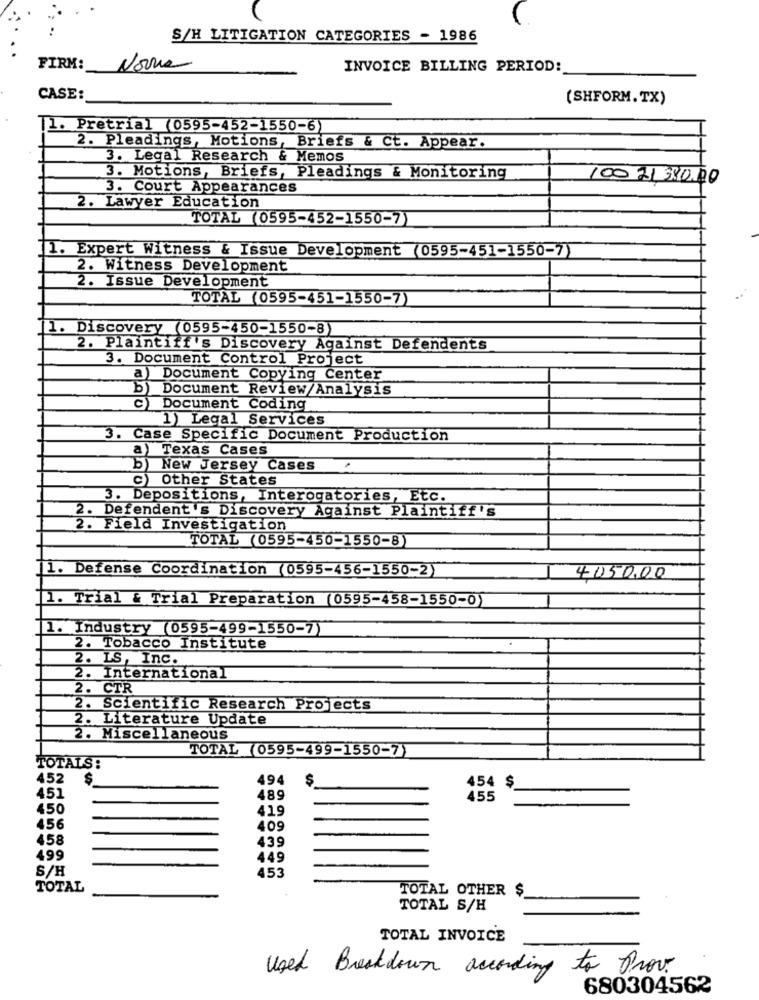
S/H LITIGATION CATEGORIES - 1986
FIRM:
Nova
INVOICE BILLING PERIOD:
CASE:
(SHFORM. TX)
1. Pretrial (0595-452-1550-6)
2. Pleadings, Motions, Briefs & Ct. Appear.
3. Legal Research & Memos
3. Motions, Briefs, Pleadings & Monitoring
100 21 390.00
3. Court Appearances
2. Lawyer Education
TOTAL (0595-452-1550-7)
1. Expert Witness & Issue Development (0595-451-1550-7)
2. Witness Development
2. Issue Development
TOTAL (0595-451-1550-7)
1. Discovery (0595-450-1550-8)
2. Plaintiff's Discovery Against Defendents
3. Document Control Project
a) Document Copying Center
b
Document Review/Analysis
c) Document Coding
1) Legal Services
3. Case Specific Document Production
a) Texas Cases
b) New Jersey Cases
c) Other States
3. Depositions, Interogatories, Etc.
2. Defendent 's Discovery Against Plaintiff 's
2. Field Investigation
TOTAL (0595-450-1550-8)
1. Defense Coordination (0595-456-1550-2)
4.050,00
1. Trial & Trial Preparation (0595-458-1550-0)
1. Industry (0595-499-1550-7)
2. Tobacco Institute
2. IS, Inc.
2. International
2. CTR
2. Scientific Research Projects
2. Literature Update
2. Miscellaneous
TOTAL (0595-499-1550-7)
TOTALS:
452
494
454 $
451
489
455
450
419
456
409
458
439
499
449
S/H
453
TOTAL
TOTAL OTHER $
TOTAL S/H
TOTAL INVOICE
Used Breakdown according to Prov.
680304562